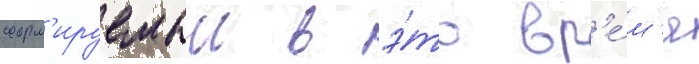
форм'ируемыи в э́то вр'е́м'я